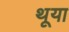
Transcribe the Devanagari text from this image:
थूया